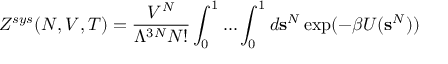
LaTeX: Z ^ { s y s } ( N , V , T ) = { \frac { V ^ { N } } { \Lambda ^ { 3 N } N ! } } \int _ { 0 } ^ { 1 } . . . \int _ { 0 } ^ { 1 } d \mathbf { s } ^ { N } \exp ( - \beta U ( \mathbf { s } ^ { N } ) )